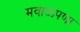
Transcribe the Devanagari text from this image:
मवाळपणा